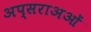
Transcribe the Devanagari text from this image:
अप्सराअओं